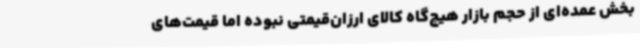
بخش عمده‌ای از حجم بازار هیچ‌گاه کالای ارزان‌قیمتی نبوده اما قیمت‌های